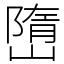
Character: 嶞